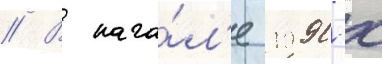
// В нача́л'е 1990-х